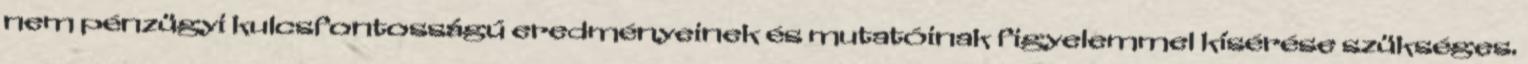
nem pénzügyi kulcsfontosságú eredményeinek és mutatóinak figyelemmel kísérése szükséges.